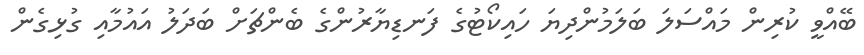
ބޭއްވީ ކުރިން މައްސަލަ ބަލަމުންދިޔަ ހައިކޯޓުގެ ފަނޑިޔާރުންގެ ބެންޗަށް ބަދަލު އައުމާއި ގުޅިގެން